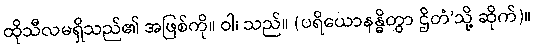
ထိုသီလမရှိသည်၏ အဖြစ်ကို။ ဝါ၊ သည်။ (ပရိယောနန္ဓိတွာ ဌိတံ’သို့ ဆိုက်)။